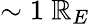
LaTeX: \sim1\ \mathbb{R}_{E}